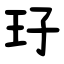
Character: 㺭